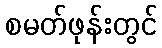
စမတ်ဖုန်းတွင်